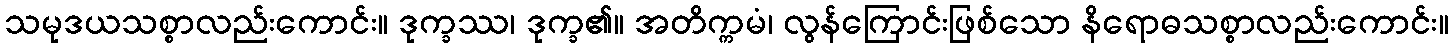
သမုဒယသစ္စာလည်းကောင်း။ ဒုက္ခဿ၊ ဒုက္ခ၏။ အတိက္ကမံ၊ လွန်ကြောင်းဖြစ်သော နိရောဓသစ္စာလည်းကောင်း။